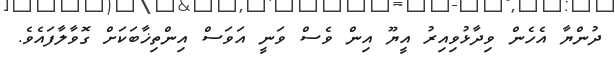
ދުންޔާ އެހެން ވިދާޅުވިއިރު އީޔޫ އިން ވެސް ވަނީ އަވަސް އިންތިޚާބަކަށް ގޮވާލާފައެވެ.